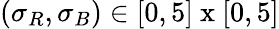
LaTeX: (\sigma_{R},\sigma_{B})\in[0,5]\mathrm{~x~}[0,5]